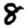
Digit: 8